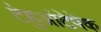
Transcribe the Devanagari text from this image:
टेहुआंटेपेक